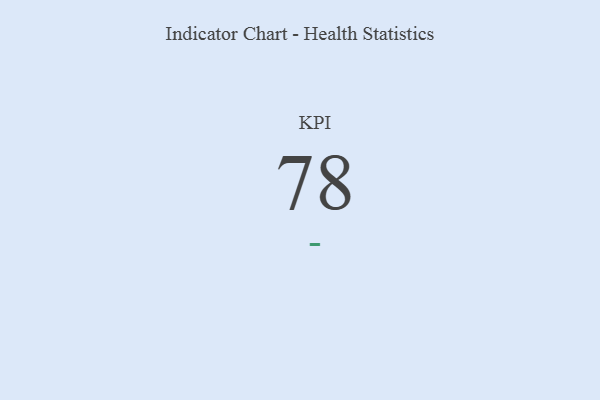
{"axis": {"x": "KPI", "y": "Value"}, "legend": [""], "data": [{"x": "KPI", "y": 78, "type": ""}]}